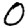
Digit: 0